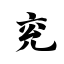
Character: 兖